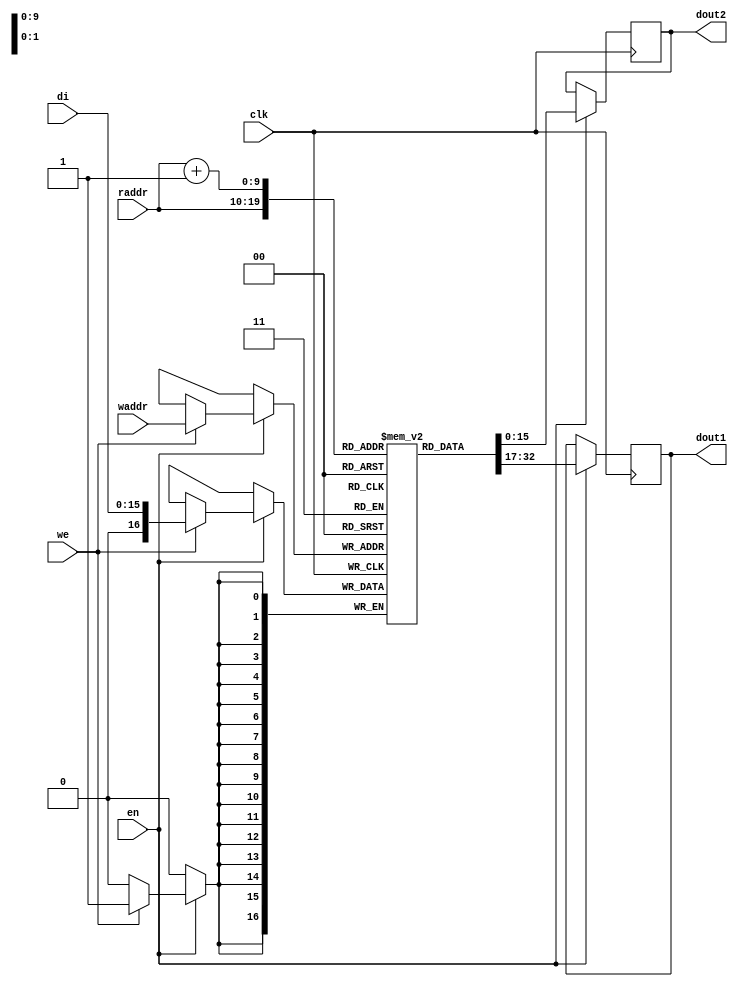
module rams_sp_nc#
( 
   parameter integer DWIDTH = 16,
   parameter integer ADDRWIDTH = 10
)
(
    input clk,
    input we,
    input en,
    input [ADDRWIDTH-1:0] waddr,
    input [ADDRWIDTH-1:0] raddr, 
    input [DWIDTH-1:0] di,
    output [DWIDTH-1:0] dout1,
    output [DWIDTH-1:0] dout2
);

(* ram_style="block" *) reg	[DWIDTH:0] RAM [2**ADDRWIDTH-1:0];
reg	[DWIDTH-1:0] dout1;
reg	[DWIDTH-1:0] dout2;

wire [ADDRWIDTH-1:0] raddr2;

assign raddr2 = raddr + 1'b1;

always @(posedge clk)
begin
  if (en)
  begin
    if (we) RAM[waddr] <= di;

    dout1 <= RAM[raddr];
    dout2 <= RAM[raddr2];
      

  end
end
endmodule